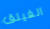
الفيلق